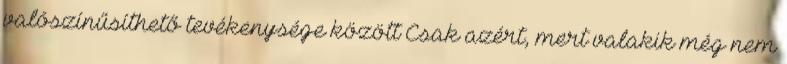
valószínűsíthető tevékenysége között Csak azért, mert valakik még nem